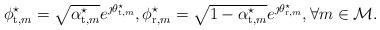
LaTeX: \begin{align*} \begin{aligned} \phi_{\mathrm{t},m}^\star = \sqrt{\alpha_{\mathrm{t},m}^\star}e^{\jmath\theta_{\mathrm{t},m}^\star}, \phi_{\mathrm{r},m}^\star = \sqrt{1 - \alpha_{\mathrm{t},m}^\star}e^{\jmath\theta_{\mathrm{r},m}^\star}, \forall m \in \mathcal{M}. \end{aligned}\end{align*}